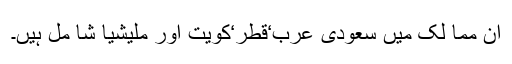
ان مما لک میں سعودی عرب‘قطر‘کویت اور ملیشیا شا مل ہیں۔